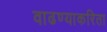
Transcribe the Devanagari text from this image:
वाढण्याकरिता